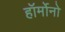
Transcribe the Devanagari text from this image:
हॉर्मोनो